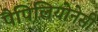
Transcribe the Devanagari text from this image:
पैपिलियोनेसी